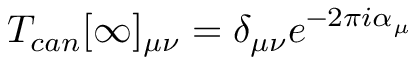
T _ { c a n } [ \infty ] _ { \mu \nu } = \delta _ { \mu \nu } e ^ { - 2 \pi i \alpha _ { \mu } }